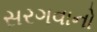
સરગવાનો